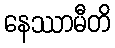
နေဿာမီတိ